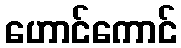
ဟောင်ကောင်